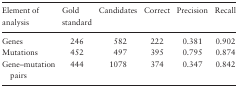
<table><thead><tr><td><b>Element of analysis</b></td><td><b>Gold standard</b></td><td><b>Candidates</b></td><td><b>Correct</b></td><td><b>Precision</b></td><td><b>Recall</b></td></tr></thead><tbody><tr><td>Genes</td><td>246</td><td>582</td><td>222</td><td>0.381</td><td>0.902</td></tr><tr><td>Mutations</td><td>452</td><td>497</td><td>395</td><td>0.795</td><td>0.874</td></tr><tr><td>Gene–mutation pairs</td><td>444</td><td>1078</td><td>374</td><td>0.347</td><td>0.842</td></tr></tbody></table>